Leaving Certificate Examination, 1915
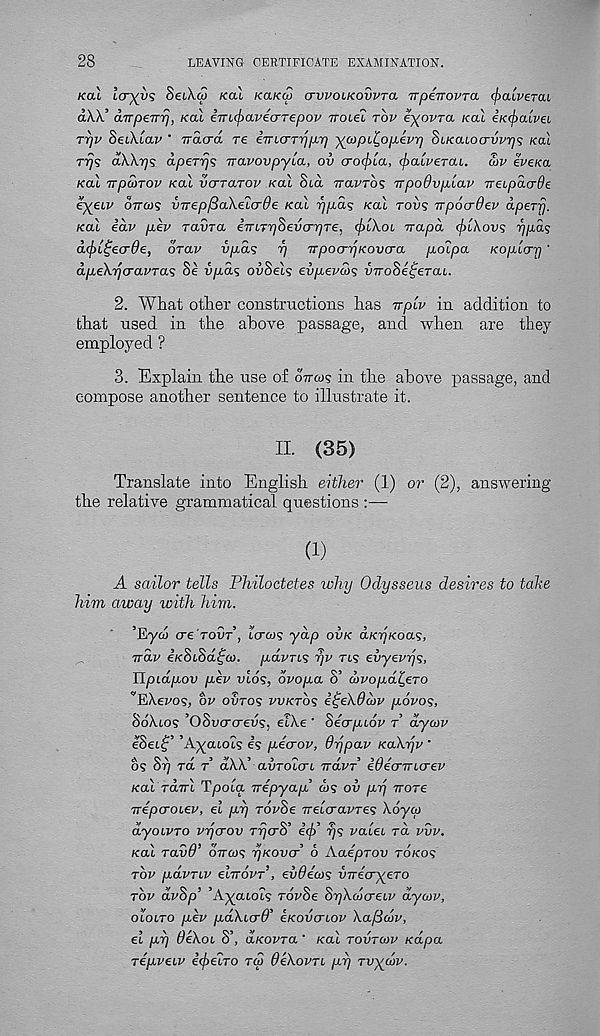
28
LEAVING CERTIFICATE EXAMINATION.
KOU lo~)(v<; SeiXS /cal /ca/cw crvvoLKOvvTa TTpenovTa (jiaLveTou
d\X.’ aTTpeTTrj, KOU eTTt(f>avecrrepov iroiel rbv e^ovra /cal iKrjnilvei
TTjV SetXtav ' Tracrd re imcrTppp -ympL^opievrj SiKcuocrvvrjs /cal
TTJS dA.A.'/js apeTrjs Travovpyia, ov cro<f)La, (fni'n/erai. S>v evei(a
/cal 7TpcoTOV /cal vcrraTov KCU Std iravros TrpoOvplav nebpacrde
eXpiv dircu? vTrepftaXe'Lcrde KCU rjpds KOLL TOVS TTpocrdev apery.
/cal eaF pev raina eTUTySevcryTe, (j)tXoi rrapd cplXovs ypds
d(f>L^ecr9e, orav vpds rj TTpocrrjKovcra polpa Kopurry •
apeXyo-avTas Se vpas ovSels evpeveos viroSe^eTaL.
2. What other constructions has vplv in addition to
that used in the above passage, and when are they
employed ?
3. Explain the use of dVws in the above passage, and
compose another sentence to illustrate it.
II. (35)
Translate into English either (1) or (2), answering
the relative grammatical questions :—
(1)
A sailor tells Philoctetes why Odysseus desires to take
him away with him.
’Eyw cre rovT, tcro)? yap OVK d/cn/coas,
irdv e/cStSdfo). puvTLS rjv TIS evyerys,
IIpLapov pev vlos, ovopa o’ avopdi^eTO
'"EXe/'o?, ov ouros VVKTOS i£eX6cov povos,
SoXios ’OSi/crcreds, elXe ' Secrpbov T dycov
ISetf ’ ’AyatoE es pecrov, drjpav KaXrjv '
c\
ov
/3y\\5
5
/
55/1/
09 or] ra r a A. A avroLcn TTCLVT euecnrLO’ev
Kal rdirl Tpoia rrepyap’ d? ov py TTOTE
Trepcroiev, el py rovSe TrelcravTes Xoyco
dyoLVTO vycrov rycrS’ icf)’ ys vaiei rd vvv.
/cal Tavd’ dVa)<; yKOvcr b Aaeprov rd/co?
TOV pdvTbv elrrovT’, evdecos UTrecryeTO
TOV dvSp’ ’Amatols rovSe SyXcoo-eiv dyaiv,
OIOLTO pev pdXi<T9 : ’ eKovcriov Xafldiv,
el py 9eXoi S’, aKovra' /cal TOVTMV Kapa
Tepveiv iffielro rd 9eXovTi py rvycov.